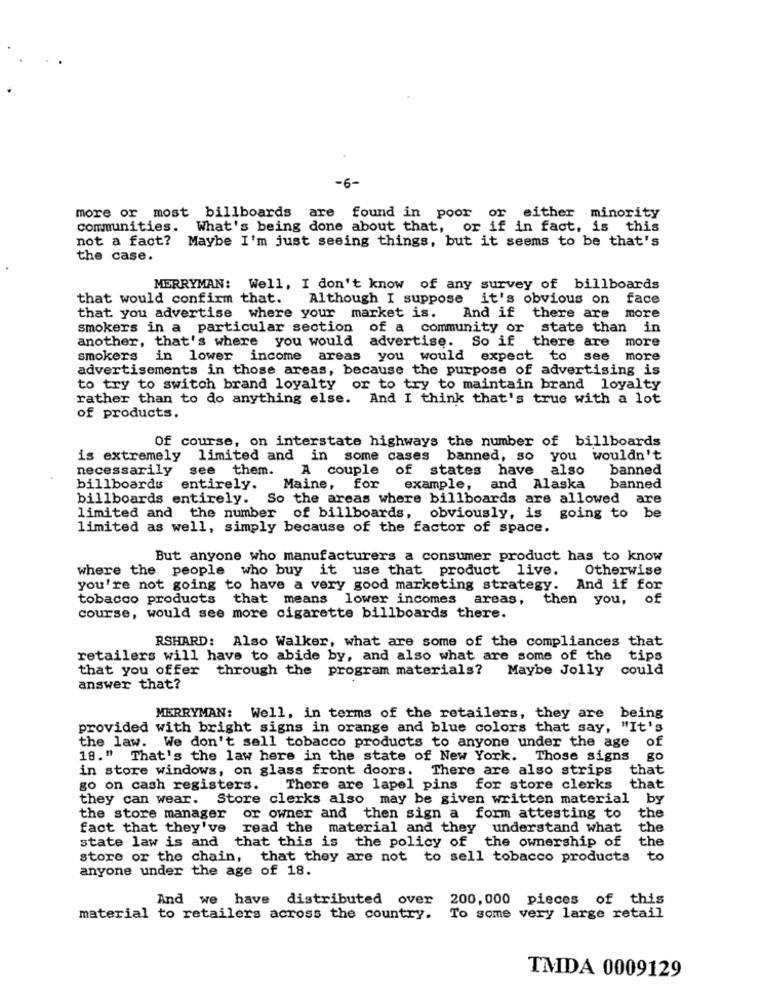
-6-
more or most billboards are found in poor or either minority
communities. What's being done about that, or if in fact, is this
not a fact? Maybe I'm just seeing things, but it seems to be that's
the case.
MERRYMAN: Well, I don't know of any survey of billboards
that would confirm that. Although I suppose it's obvious on face
that you advertise where your market is. And if there are more
smokers in a particular section of a community or state than in
another, that's where you would advertise. So if there are more
smokers in lower income areas you would expect to see more
advertisements in those areas, because the purpose of advertising is
to try to switch brand loyalty or to try to maintain brand loyalty
rather than to do anything else. And I think that's true with a lot
of products.
Of course, on interstate highways the number of billboards
is extremely limited and in some cases banned, so you wouldn't
necessarily see them.
A couple of states have also
banned
billboards entirely.
Maine, for example, and Alaska
banned
billboards entirely. So the areas where billboards are allowed are
limited and the number of billboards, obviously, is
going to be
limited as well, simply because of the factor of space.
But anyone who manufacturers a consumer product has to know
where the people who buy it use that product live.
Otherwise
you're not going to have a very good marketing strategy.
And if for
tobacco products that means lower incomes areas,
then you, of
course, would see more cigarette billboards there.
RSHARD: Also Walker, what are some of the compliances that
retailers will have to abide by, and also what are some of the tips
that you offer through the program materials?
Maybe Jolly could
answer that?
MERRYMAN: Well, in terms of the retailers, they are being
provided with bright signs in orange and blue colors that say, "It's
the law.
We don't sell tobacco products to anyone under the age of
19." That's the law here in the state of New York. Those signs
go
in store windows, on glass front doors. There are also strips
that
go on cash registers.
There are lapel pins for store clerks
that
they can wear. Store clerks also may be given written material by
the store manager or owner and then sign a form attesting to
the
fact that they've read the material and they understand what
the
state law is and that this is the policy of the ownership of
the
store or the chain, that they are not to sell tobacco products to
anyone under the age of 18.
And we have distributed over
200, 000 pieces of this
material to retailers across the country. To some very large retail
TMDA 0009129